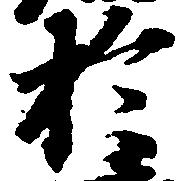
於